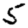
Digit: 5